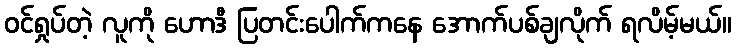
ဝင်ရှုပ်တဲ့ လူကို ဟောဒီ ပြတင်းပေါက်ကနေ အောက်ပစ်ချလိုက် ရလိမ့်မယ်။